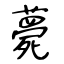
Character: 薨